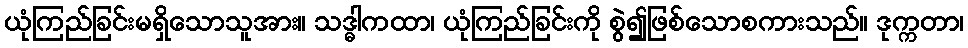
ယုံကြည်ခြင်းမရှိသောသူအား။ သဒ္ဓါကထာ၊ ယုံကြည်ခြင်းကို စွဲ၍ဖြစ်သောစကားသည်။ ဒုက္ကတာ၊